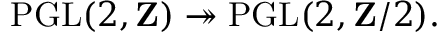
\operatorname { P G L } ( 2 , \mathbf { Z } ) \twoheadrightarrow \operatorname { P G L } ( 2 , \mathbf { Z } / 2 ) .